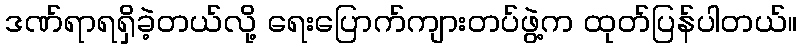
ဒဏ်ရာရရှိခဲ့တယ်လို့ ရေးပြောက်ကျားတပ်ဖွဲ့က ထုတ်ပြန်ပါတယ်။